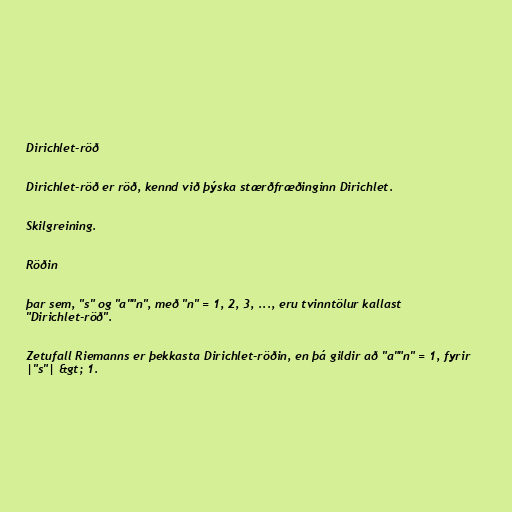
Dirichlet-röð

Dirichlet-röð er röð, kennd við þýska stærðfræðinginn Dirichlet.

Skilgreining.

Röðin

þar sem, "s" og "a""n", með "n" = 1, 2, 3, ..., eru tvinntölur kallast
"Dirichlet-röð".

Zetufall Riemanns er þekkasta Dirichlet-röðin, en þá gildir að "a""n" = 1, fyrir
|"s"| &gt; 1.